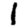
Digit: 1